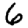
Digit: 6